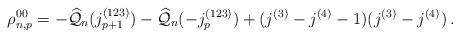
LaTeX: \begin{align*}{\rho}^{00}_{n,p} = - \widehat{\mathcal{Q}}_n(j_{p+1}^{(123)}) - \widehat{\mathcal{Q}}_n(-j_p^{(123)}) +(j^{(3)}-j^{(4)}-1)(j^{(3)}-j^{(4)})\,.\end{align*}